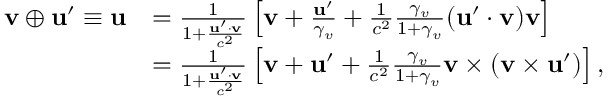
{ \begin{array} { r l } { \mathbf { v } \oplus \mathbf { u } ^ { \prime } \equiv \mathbf { u } } & { = { \frac { 1 } { 1 + { \frac { \mathbf { u } ^ { \prime } \cdot \mathbf { v } } { c ^ { 2 } } } } } \left[ \mathbf { v } + { \frac { \mathbf { u } ^ { \prime } } { \gamma _ { v } } } + { \frac { 1 } { c ^ { 2 } } } { \frac { \gamma _ { v } } { 1 + \gamma _ { v } } } ( \mathbf { u } ^ { \prime } \cdot \mathbf { v } ) \mathbf { v } \right] } \\ & { = { \frac { 1 } { 1 + { \frac { \mathbf { u } ^ { \prime } \cdot \mathbf { v } } { c ^ { 2 } } } } } \left[ \mathbf { v } + \mathbf { u } ^ { \prime } + { \frac { 1 } { c ^ { 2 } } } { \frac { \gamma _ { v } } { 1 + \gamma _ { v } } } \mathbf { v } \times ( \mathbf { v } \times \mathbf { u } ^ { \prime } ) \right] , } \end{array} }